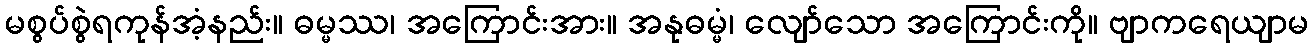
မစွပ်စွဲရကုန်အံ့နည်း။ ဓမ္မဿ၊ အကြောင်းအား။ အနုဓမ္မံ၊ လျော်သော အကြောင်းကို။ ဗျာကရေယျာမ